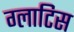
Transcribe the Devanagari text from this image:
ग्लाटिस